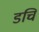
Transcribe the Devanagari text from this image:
डचि